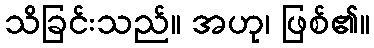
သိခြင်းသည်။ အဟု၊ ဖြစ်၏။